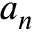
a _ { n }